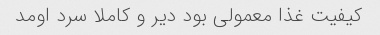
کیفیت غذا معمولی بود دیر و کاملا سرد اومد